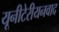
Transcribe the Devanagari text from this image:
यूनीटेरीयनवाद